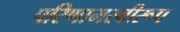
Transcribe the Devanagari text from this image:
परिणामस्वीरूप